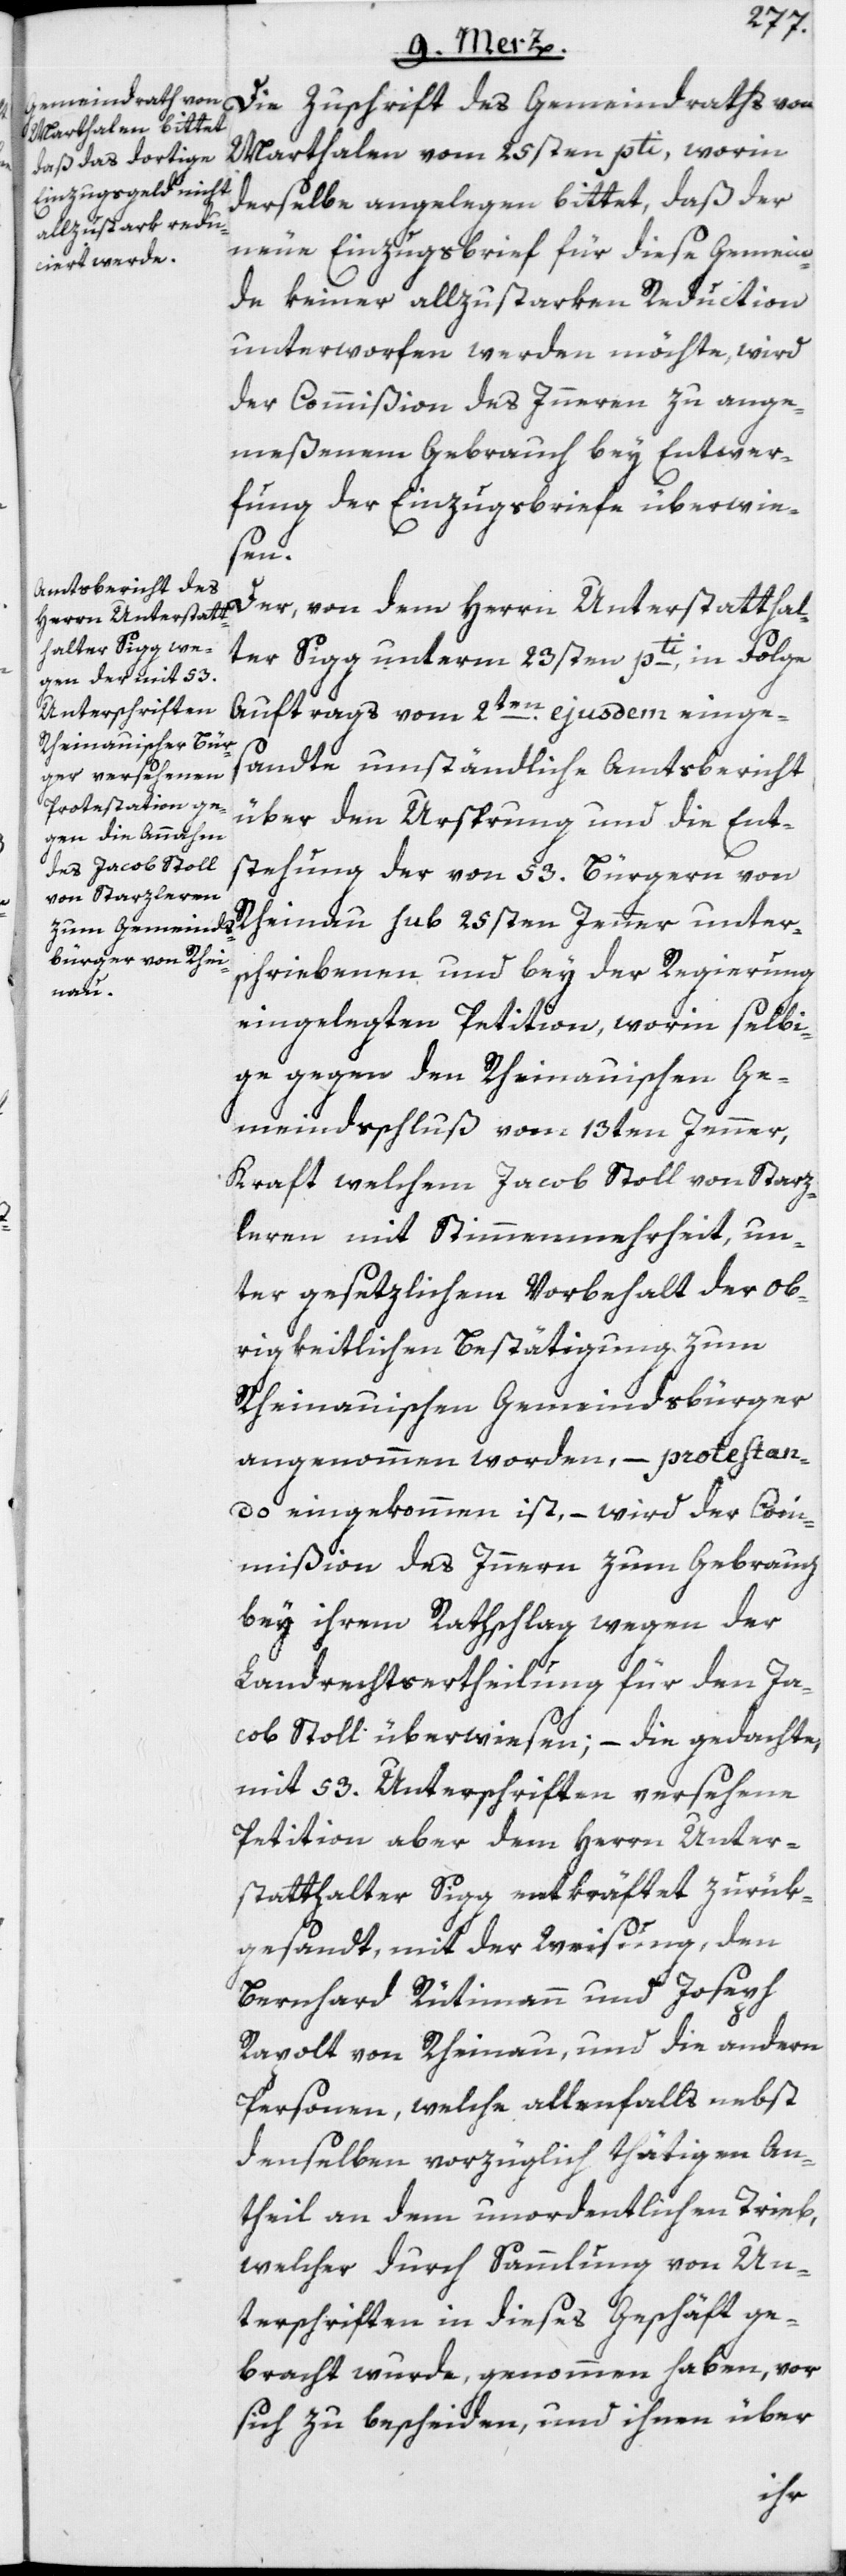
Die Zuschrift des Gemeindraths von
Marthalen vom 25sten pti, worin
derselbe angelegen bittet, daß der
neue Einzugsbrief für diese Gemein¬
de keiner allzustarken Reduction
unterworfen werden möchte, wird
der Commißion des Inneren zu ange¬
meßenem Gebrauch bey Entwer¬
fung der Einzugsbriefe überwie¬
sub
Der, von dem Herrn Unterstatthal¬
ter Sigg unterm 23sten pti, in Folge
Auftrags vom 2ten ejusdem einge¬
sandte umständliche Amtsbericht
über den Ursprung und die Ent¬
stehung der von 53. Bürgern von
schriebenen und bey der Regierung
eingelegten Petition, worin selbi¬
ge gegen den Rheinauischen Ge¬
meindsschluß vom 13ten Jenner,
Kraft welchem Jacob Stoll von Starz¬
leren mit Stimmenmehrheit, un¬
ter gesetzlichem Vorbehalt der Ob¬
rigkeitlichen Bestätigung zum
Rheinauischen Gemeindsbürger
angenommen worden, – protestan¬
do eingekommen ist, – wird der Com¬
mißion des Innern zum Gebrauch
bey ihrem Rathschlag wegen der
Landrechtsertheilung für den Ja¬
cob Stoll überwiesen; – die gedachte,
mit 53. Unterschriften versehene
Petition aber dem Herrn Unter¬
statthalter Sigg entkräftet zurük¬
gesandt, mit der Weisung, den
Bernhard Rütimann und Joseph
Rapolt von Rheinau, und die andern
Personen, welche allenfalls nebst
denselben vorzüglich thätigen An¬
theil an dem unordentlichen Trieb,
welcher durch Sammlung von Un¬
terschriften in dieses Geschäft ge¬
bracht wurde, genommen haben, vor
sich zu bescheiden, und ihnen über
unter¬